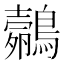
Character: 𱈼